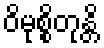
ဝိမုစ္စိတုန္တိ